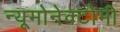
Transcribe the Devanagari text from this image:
न्यूमोनेक्टोमी